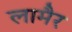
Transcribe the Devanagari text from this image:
लामैर